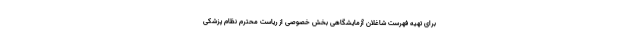
برای تهیه فهرست شاغلان آزمایشگاهی بخش خصوصی از ریاست محترم نظام پزشکی